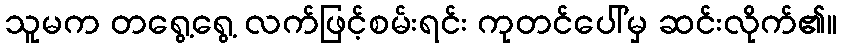
သူမက တရွေ့ရွေ့ လက်ဖြင့်စမ်းရင်း ကုတင်ပေါ်မှ ဆင်းလိုက်၏။